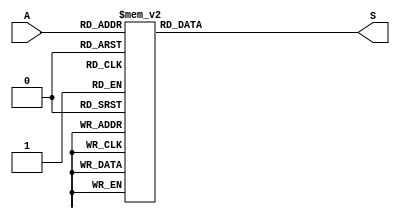
`timescale 1ns / 1ps
//////////////////////////////////////////////////////////////////////////////////
// Company: 
// Engineer: 
// 
// Design Name: 
// Module Name: add_3
// Project Name: 
// Target Devices: 
// Tool Versions: 
// Description: 
// 
// Dependencies: 
// 
// Revision:
// Revision 0.01 - File Created
// Additional Comments:
// 
//////////////////////////////////////////////////////////////////////////////////


module add_3(
    input [3:0] A,
    output reg [3:0] S
    );
    always @(A)
    begin
        S=4'bxxxx;
        case(A)
            4'b0000: S=4'b0000;
            4'b0001: S=4'b0001;
            4'b0010: S=4'b0010;
            4'b0011: S=4'b0011;
            4'b0100: S=4'b0100;
            4'b0101: S=4'b1000;
            4'b0110: S=4'b1001;
            4'b0111: S=4'b1010;
            4'b1000: S=4'b1011;
            4'b1001: S=4'b1100;
            default: S=4'bxxxx;
        endcase
    end
    
endmodule